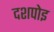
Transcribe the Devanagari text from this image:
दशपोइ